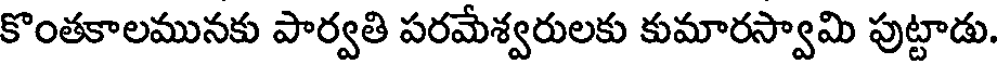
కొంతకాలమునకు పార్వతి పరమేశ్వరులకు కుమారస్వామి పుట్టాడు.